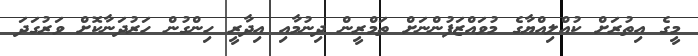
މީގެ އިތުރަށް ކުއްލިއްޔާގެ މުވައްޒަފުންނަށް ތަމްރީން ދިނުމާއި އިދާރީ ހިންގުން ހަރުދަނާކޮށް ވަރުގަދަ